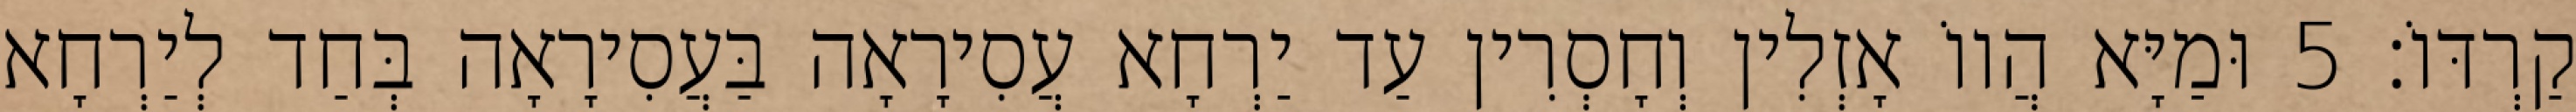
קַרְדּוֹ׃ 5 וּמַיָּא הֲווֹ אָזְלִין וְחָסְרִין עַד יַרְחָא עֲסִירָאָה בַּעֲסִירָאָה בְּחַד לְיַרְחָא